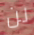
لن